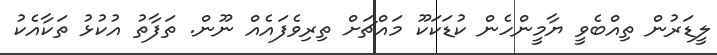
ލީޑަރުން ތިއްބެވީ ޔާމީންހެން ކުޑަކަކޫ މައްޗަށް ތިރިވެފައެއް ނޫން. ތަފާތު އުކުޅު ތަކާއެކު